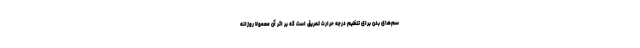
سم‌های بدن برای تنظیم درجه حرارت تعریق است که بر اثر آن معمولا روزانه